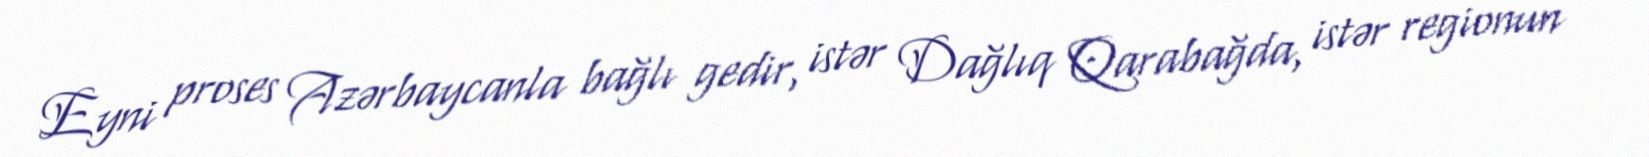
Eyni proses Azərbaycanla bağlı gedir, istər Dağlıq Qarabağda, istər regionun